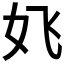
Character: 𱙆